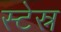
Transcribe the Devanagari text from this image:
स्टेस्न